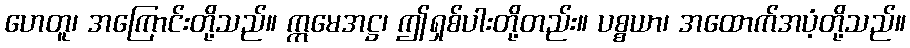
ဟေတူ၊ အကြောင်းတို့သည်။ ဣမေအဋ္ဌ၊ ဤရှစ်ပါးတို့တည်း။ ပစ္စယာ၊ အထောက်အပံ့တို့သည်။